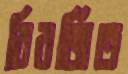
বিবর্জিত